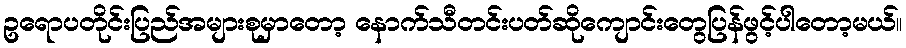
ဥရောပတိုင်းပြည်အများစုမှာတော့ နောက်သီတင်းပတ်ဆိုကျောင်းတွေပြန်ဖွင့်ပါတော့မယ်။